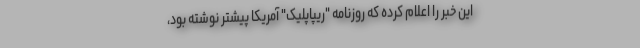
این خبر را اعلام کرده که روزنامه "ریپاپلیک" آمریکا پیشتر نوشته بود،